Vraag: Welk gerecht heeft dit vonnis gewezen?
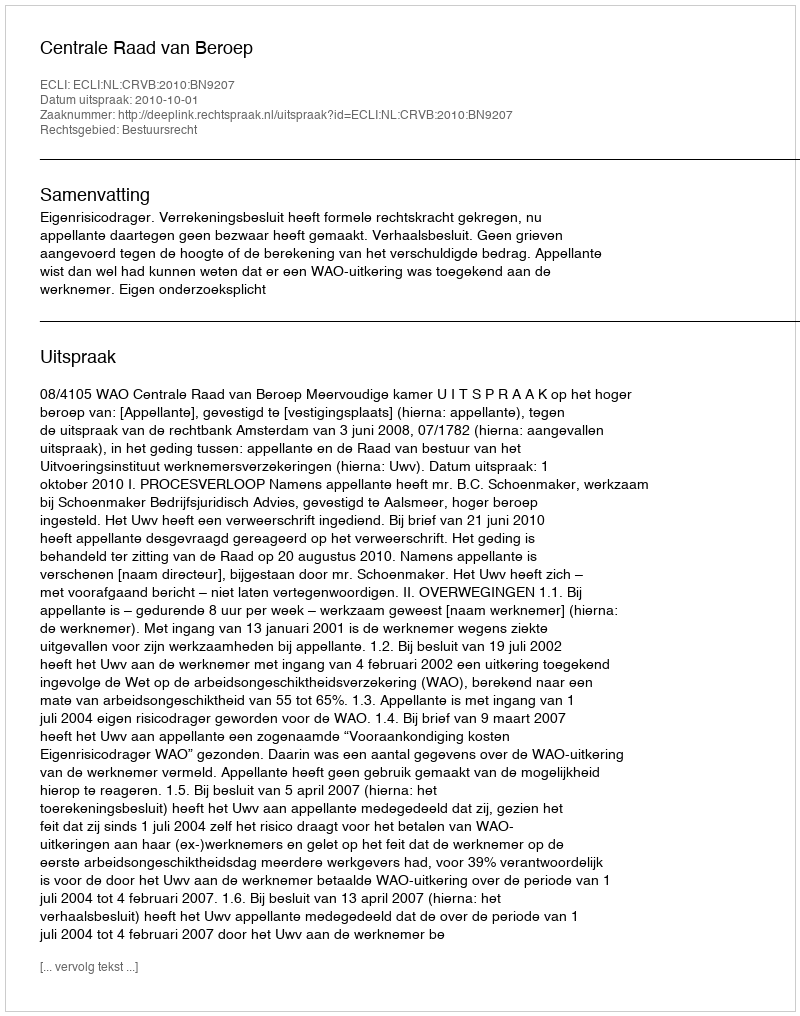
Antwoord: Centrale Raad van Beroep